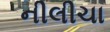
નીલીચા